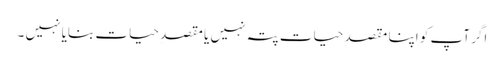
اگر آپ کو اپنا مقصدِ حیات پتہ نہیں یا مقصدِ حیات بنایا نہیں ۔